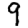
Digit: 9